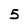
Character: 5